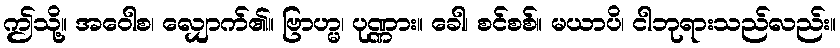
ဤသို့။ အဝေါစ၊ လျှောက်၏။ ဗြာဟ္မ၊ ပုဏ္ဏား။ ခေါ၊ စင်စစ်။ မယာပိ၊ ငါဘုရားသည်လည်း။